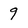
Character: 9